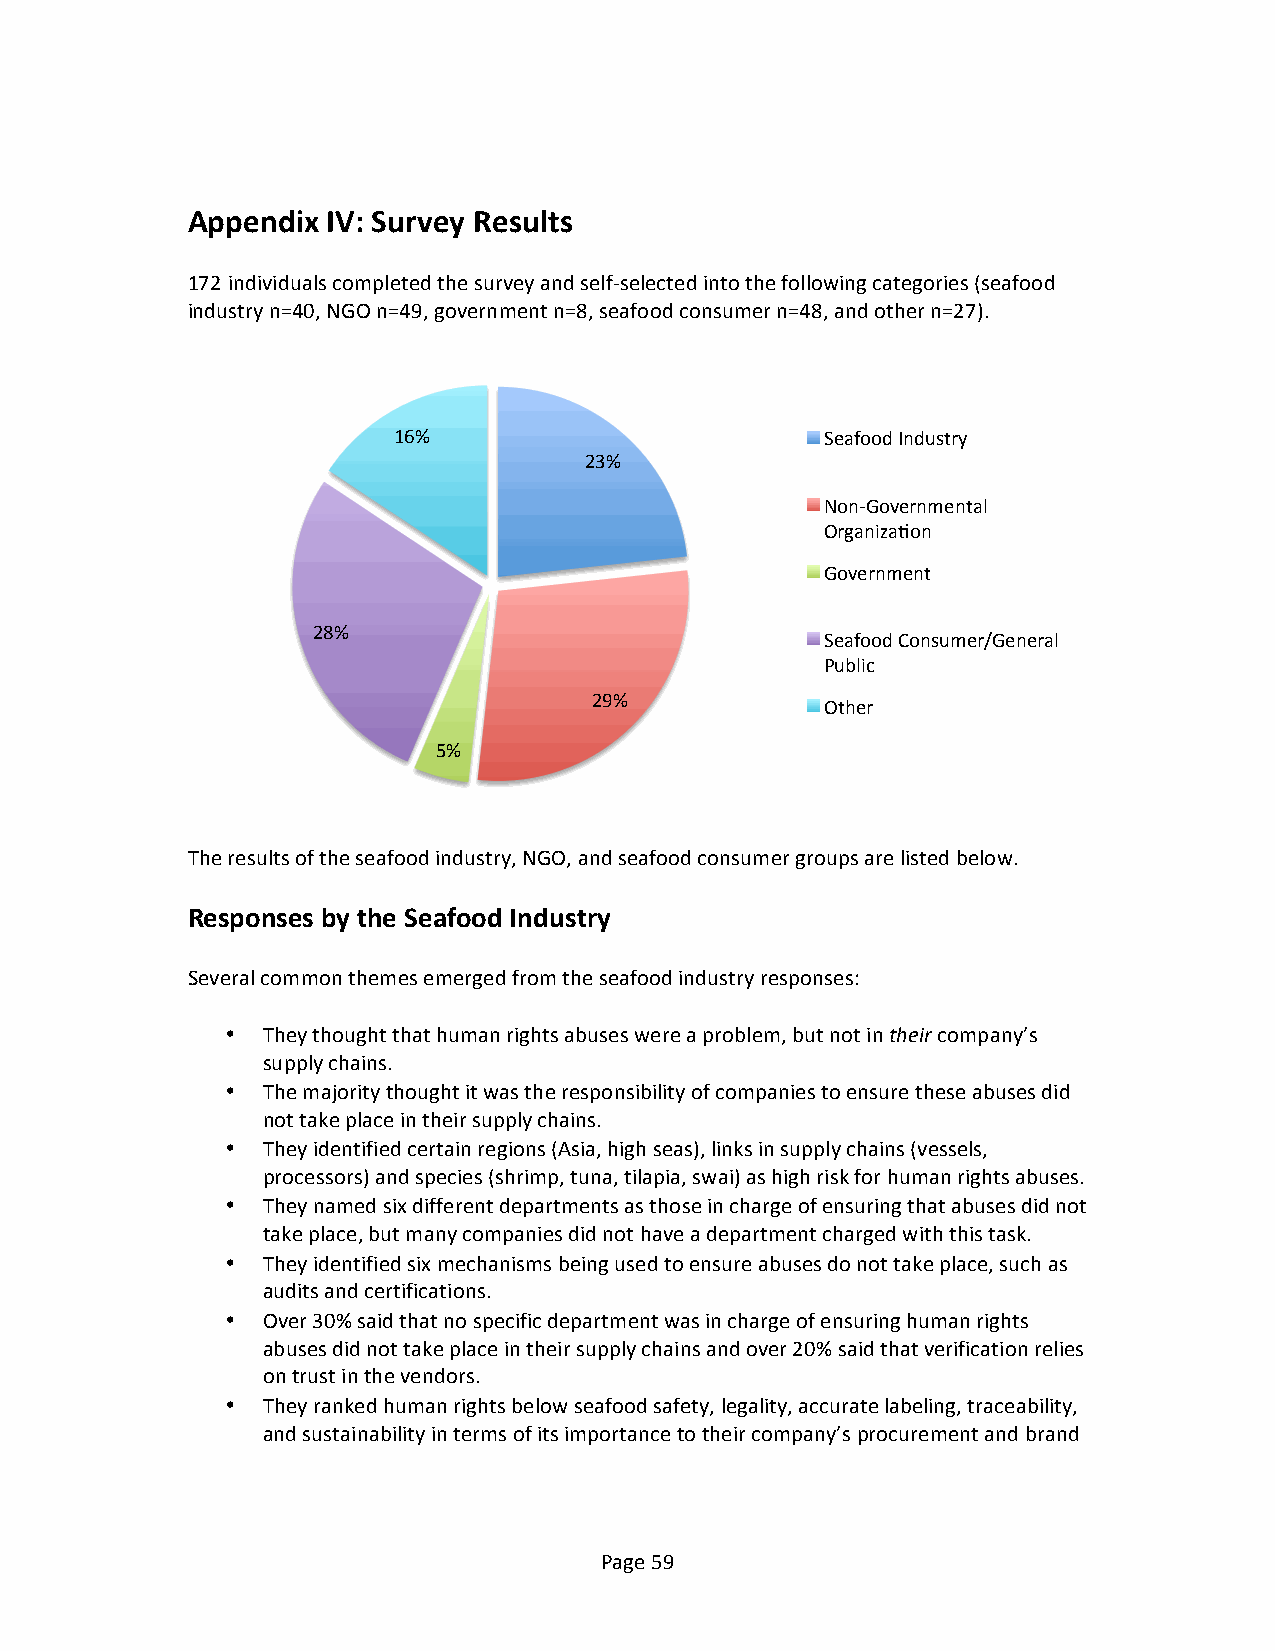
Appendix  IV: Survey Results
 172 individuals completed the survey and self-­‐selected into the following categories (seafood
 industry n=40, NGO n=49, government n=8, seafood consumer n=48, and other n=27).
 16%                          Seafood Industry
 23%
 Non-­‐Governmental
 OrganizaVon
 Government
 28%
 Seafood Consumer/General
 Public
 29%
 Other
 5%
 The results of the seafood industry, NGO, and seafood consumer groups are listed below.
 Responses by the Seafood Industry
 Several common themes emerged from the seafood industry responses:
 • They thought that human rights abuses were a problem, but not in their company’s
 supply chains.
 • The majority thought it was the responsibility of companies to ensure these abuses did
 not take place in their supply chains.
 • They identified certain regions (Asia, high seas), links in supply chains (vessels,
 processors) and species (shrimp, tuna, tilapia, swai) as high risk for human rights abuses.
 • They named six different departments as those in charge of ensuring that abuses did not
 take place, but many companies did not have a department charged with this task.
 • They identified six mechanisms being used to ensure abuses do not take place, such as
 audits and certifications.
 • Over 30% said that no specific department was in charge of ensuring human rights
 abuses did not take place in their supply chains and over 20% said that verification relies
 on trust in the vendors.
 • They ranked human rights below seafood safety, legality, accurate labeling, traceability,
 and sustainability in terms of its importance to their company’s procurement and brand
 Page 59